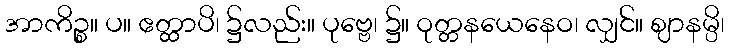
အာကိဉ္စ။ ပ။ ဧတ္ထာပိ၊ ၌လည်း။ ပုဗ္ဗေ၊ ၌။ ဝုတ္တနယေနေဝ၊ လျှင်။ ဈာနမ္ပိ၊